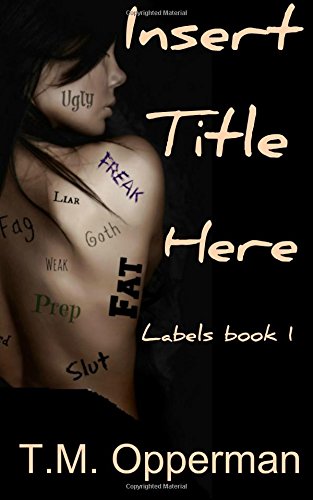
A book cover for Insert Title Here; T.M. Opperman; Teen & Young Adult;